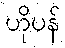
ဟိုပန်